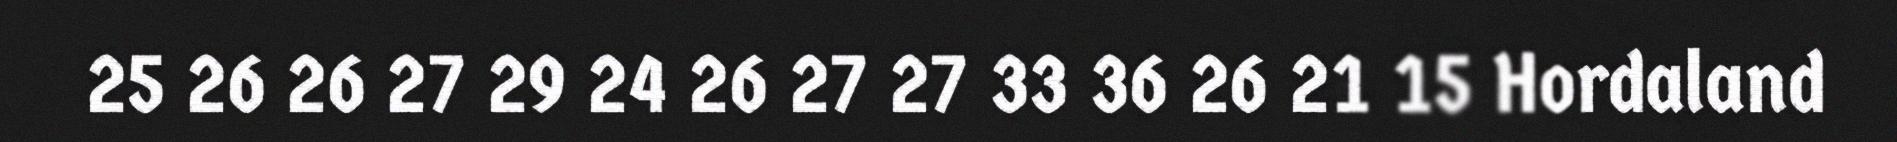
25 26 26 27 29 24 26 27 27 33 36 26 21 15 Hordaland